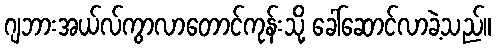
ဂျဘားအယ်လ်ကွာလာတောင်ကုန်းသို့ ခေါ်ဆောင်လာခဲ့သည်။